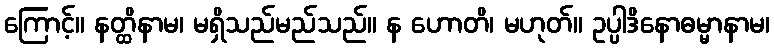
ကြောင့်။ နတ္ထိနာမ၊ မရှိသည်မည်သည်။ န ဟောတိ၊ မဟုတ်။ ဥပ္ပါဒိနောဓမ္မာနာမ၊